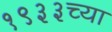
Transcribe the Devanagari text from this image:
१९३३च्या